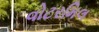
વોટરમિલ